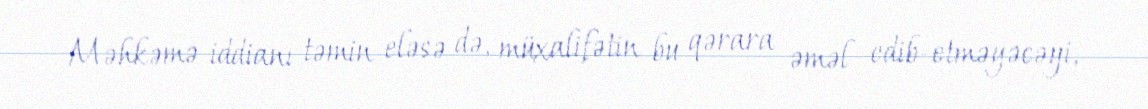
Məhkəmə iddianı təmin eləsə də, müxalifətin bu qərara əməl edib-etməyəcəyi,